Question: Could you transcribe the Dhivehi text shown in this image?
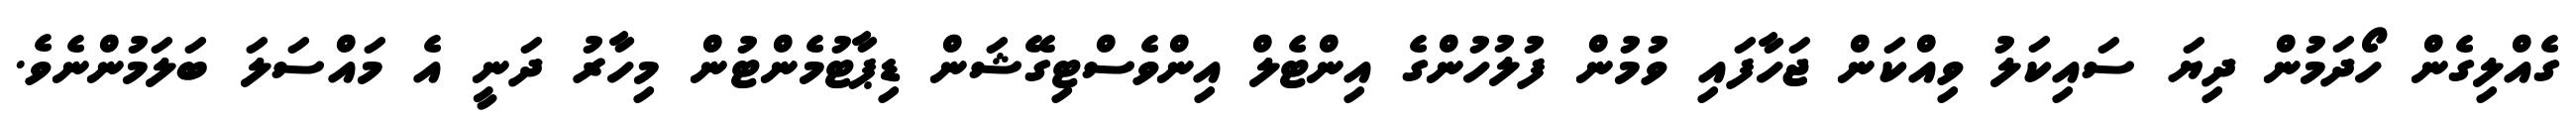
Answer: ގެއްލިގެން ހޯދަމުން ދިޔަ ސައިކަލު ވިއްކަން ޖަހާފައި ވުމުން ފުލުހުންގެ އިންޓެލް އިންވެސްޓިގޭޝަން ޑިޕާޓުމެންޓުން މިހާރު ދަނީ އެ މައްސަލަ ބަލަމުންނެވެ.